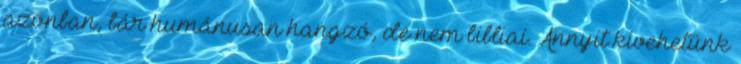
azonban, bár humánusan hangzó, de nem bibliai. Annyit kivehetünk